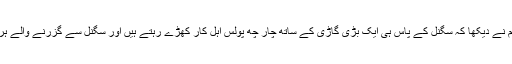
گذشتہ دنوں ممبئی میں بی کے سی (ایم ٹی این ایل آفس کے سامنے) ہمارا دو دفعہ گزر ہوا، جس میں ہم نے دیکھا کہ سگنل کے پاس ہی ایک بڑی گاڑی کے ساتھ چار چھ پولس اہل کار کھڑے رہتے ہیں اور سگنل سے گزرنے والے ہر بائک سوار کو توجہ سے دیکھتے ہیں اور جس کسی نے ہیلمیٹ نہیں پہنا ہوتا اسے روک لیا جاتا ہے۔